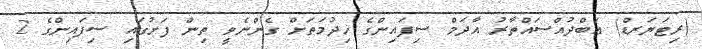
(ރިޓަޔަރޑް) ޢަބްދުއްސައްތާރު އާދަމް ސިފައިންގެ ޚިދުމަތަށް ގެންނެވީ ތިން ފަށުގައި ސިފައިންގެ 2